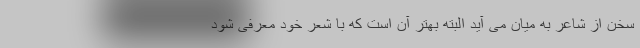
سخن از شاعر به میان می آید البته بهتر آن است که با شعر خود معرفی شود